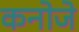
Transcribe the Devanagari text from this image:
कनोजे